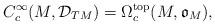
LaTeX: \begin{align*} C^{\infty}_{c}(M, \mathcal{D}_{TM})= \Omega^{\textrm{top}}_{c}(M, \mathfrak{o}_{M}),\end{align*}